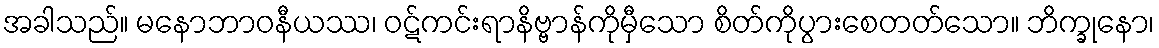
အခါသည်။ မနောဘာဝနီယဿ၊ ဝဋ်ကင်းရာနိဗ္ဗာန်ကိုမှီသော စိတ်ကိုပွားစေတတ်သော။ ဘိက္ခုနော၊